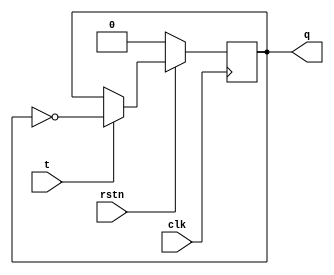
`timescale 1ns / 1ps
//////////////////////////////////////////////////////////////////////////////////
// Company: 
// Engineer: 
// 
// Design Name: 
// Module Name: tff_interandintra
// Project Name: 
// Target Devices: 
// Tool Versions: 
// Description: 
// 
// Dependencies: 
// 
// Revision:
// Revision 0.01 - File Created
// Additional Comments:
// 
//////////////////////////////////////////////////////////////////////////////////


module tff_interandintra(input clk,input rstn,input t,output reg q);  
//  always @ (negedge clk) begin  
//    if(!rstn)  
//      q<=0;  
//    else  
//        if(t)  
//            q<=~q;  
//        else  
//            q<=q;  
//  end  
//endmodule  
always @ (negedge clk) begin  
    if(!rstn)  
      q<=0;  
    else  
        if(t)  
            q<=~q;  
        else  
            q<=q;  
  end  
endmodule